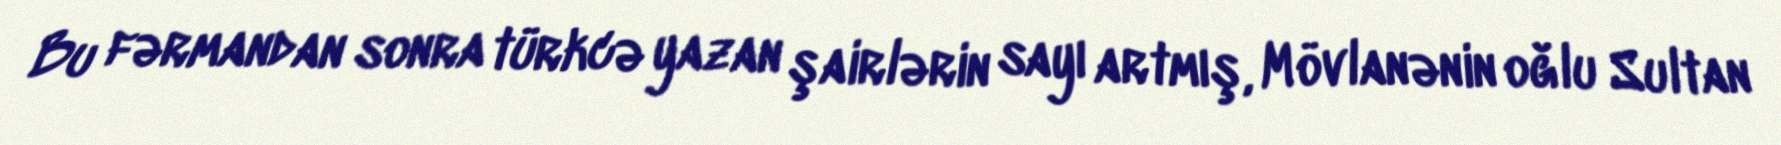
Bu fərmandan sonra türkcə yazan şairlərin sayı artmış, Mövlanənin oğlu Sultan